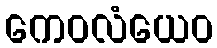
ကေဝလံယေဝ